Source: Handwritten
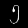
Digit: ၅ (5)